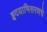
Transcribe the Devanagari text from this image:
हृदयाभिसरणचे